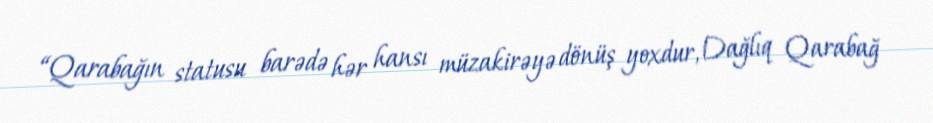
“Qarabağın statusu barədə hər hansı müzakirəyə dönüş yoxdur, Dağlıq Qarabağ